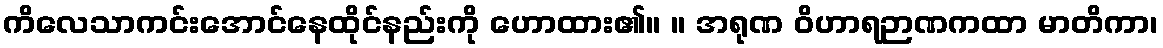
ကိလေသာကင်းအောင်နေထိုင်နည်းကို ဟောထား၏။ ။ အရုဏ ဝိဟာရဉာဏကထာ မာတိကာ၊